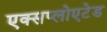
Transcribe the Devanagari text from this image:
एक्सप्लोएटेड